Tartu_pedagoogiumi_aruanded, lk 28
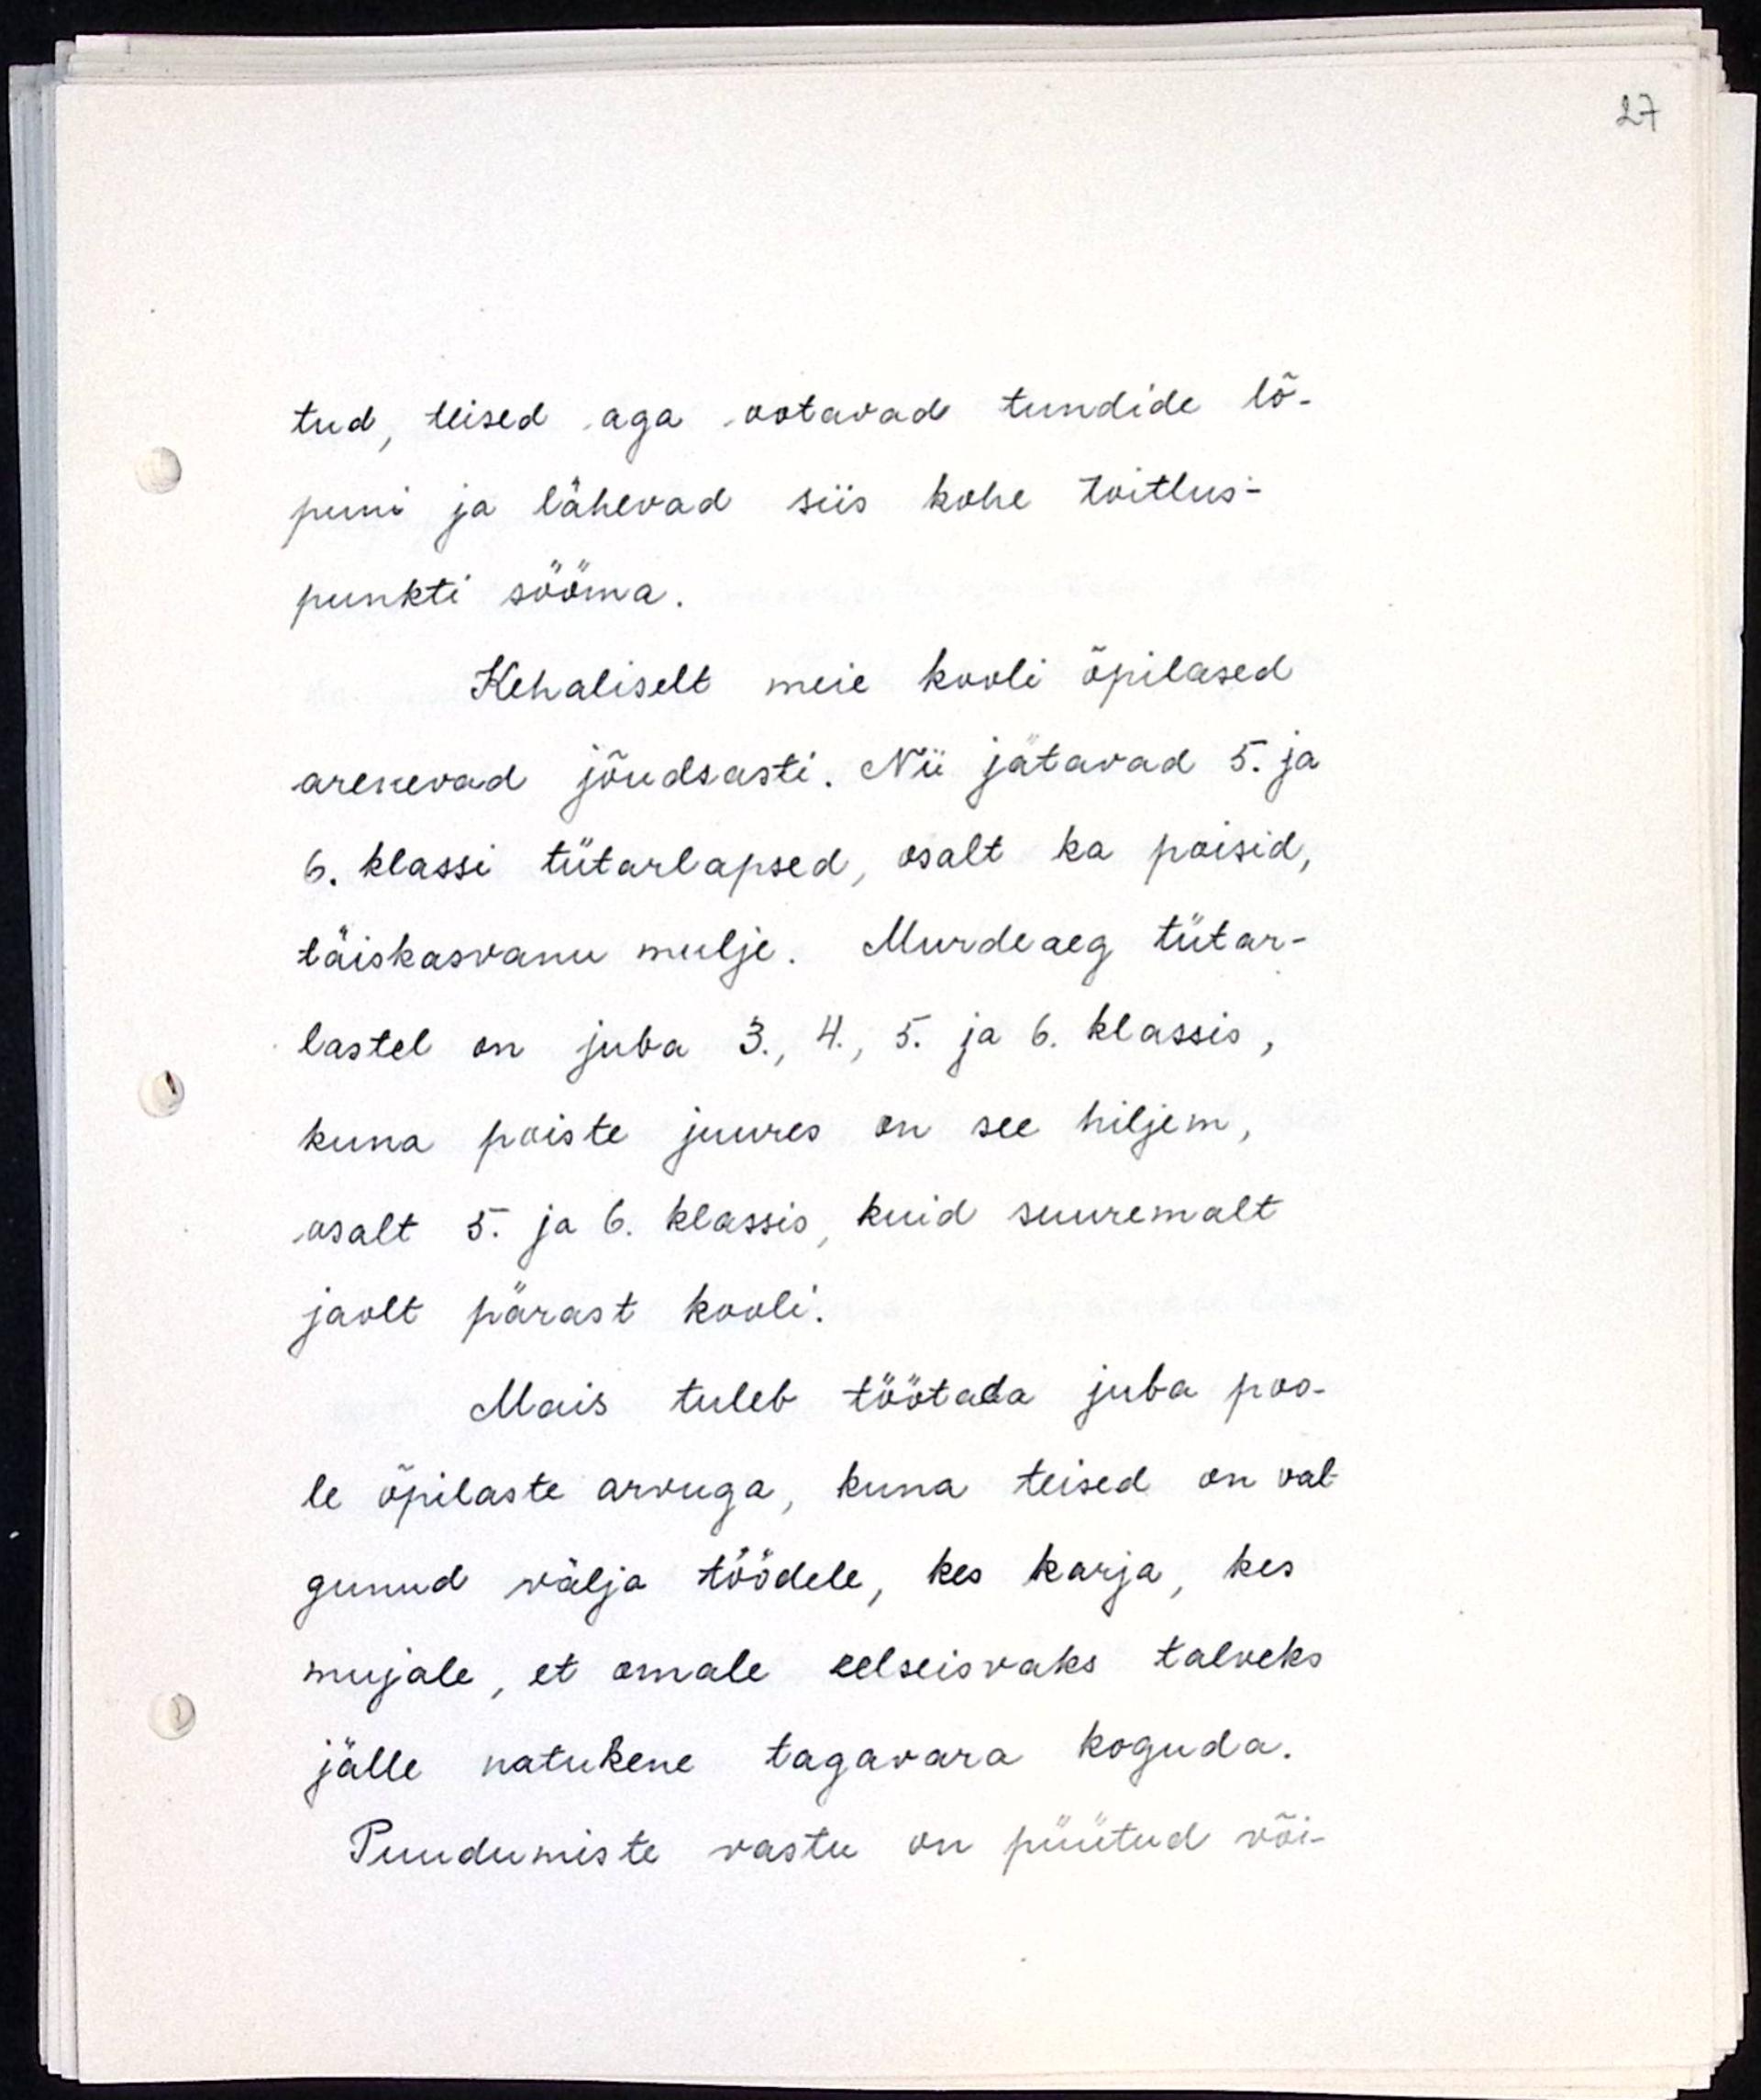
tud, teised aga ootavad tundide lõ-
puni ja lähevad siis kohe toitlus-
punkti sööma. 
Kehaliselt meie kooli õpilased
arenevad jõudsasti. Nii jätavad 5. ja
 6. klassi tütarlapsed, osalt ka poisid,
täiskasvanu mulje. Murdeaeg tütar-
lastel on juba 3., 4., 5., ja 6. klassis,
kuna poiste juures on see hiljem,
osalt 5. ja 6. klassis, kuid suuremalt
jaolt pärast kooli.
Mais tuleb töötada juba poo-
le õpilaste arvuga, kuna teised on val-
gunud välja töödele, kes karja, kes
mujale, et omale eelseisvaks talveks 
jälle natukene tagavara koguda.
Puudumiste vastu on püütud või-